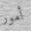
أمور